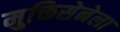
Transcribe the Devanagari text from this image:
मुक्तिसेनेला